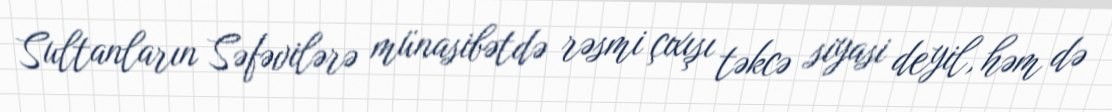
Sultanların Səfəvilərə münasibətdə rəsmi çıxışı təkcə siyasi deyil, həm də